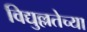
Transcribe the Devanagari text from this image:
विद्युल्लतेच्या